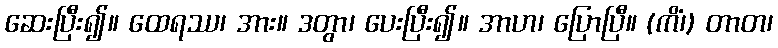
ဆေးပြီး၍။ ထေရဿ၊ အား။ ဒတွာ၊ ပေးပြီး၍။ အာဟ၊ ပြောပြီ။ (ကိံ၊) တာတ၊